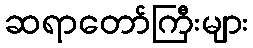
ဆရာတော်ကြီးများ